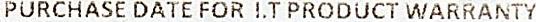
PURCHASE DATE FOR I.T PRODUCT WARRANTY